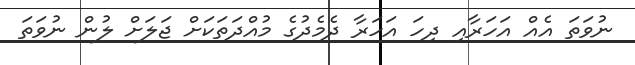
ނުވަތަ އެއް އަހަރާއި ދިހަ އަހަރާ ދެމެދުގެ މުއްދަތަކަށް ޖަލަށް ލުން ނުވަތަ